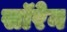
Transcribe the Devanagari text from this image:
सॉरेन